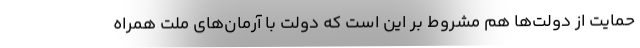
حمایت از دولت‌ها هم مشروط بر این است که دولت با آرمان‌های ملت همراه